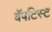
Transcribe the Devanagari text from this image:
बॅपटिस्ट